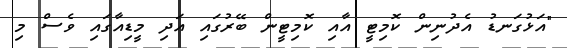
"އަޅުގަނޑު އެދުނިން ކޮމިޓީ އާއި ކޮމިޓީން ބޭރުގައި އަދި މީޑިއާގައި ވެސް މި